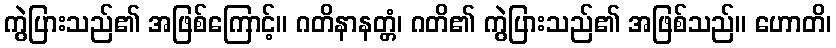
ကွဲပြားသည်၏ အဖြစ်ကြောင့်။ ဂတိနာနတ္တံ၊ ဂတိ၏ ကွဲပြားသည်၏ အဖြစ်သည်။ ဟောတိ၊